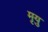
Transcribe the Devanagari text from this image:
मृयु